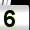
Digit: 5